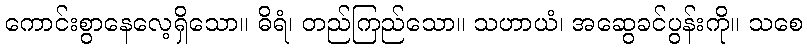
ကောင်းစွာနေလေ့ရှိသော။ ဓိရံ၊ တည်ကြည်သော။ သဟာယံ၊ အဆွေခင်ပွန်းကို။ သစေ